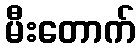
မီးတောက်